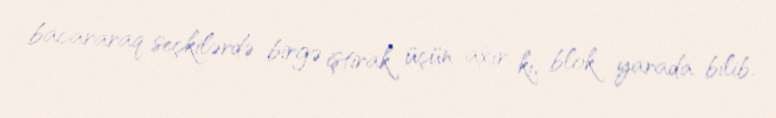
bacararaq seçkilərdə birgə iştirak üçün axır ki, blok yarada bilib.